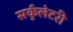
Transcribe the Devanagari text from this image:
सर्कुलेटरी